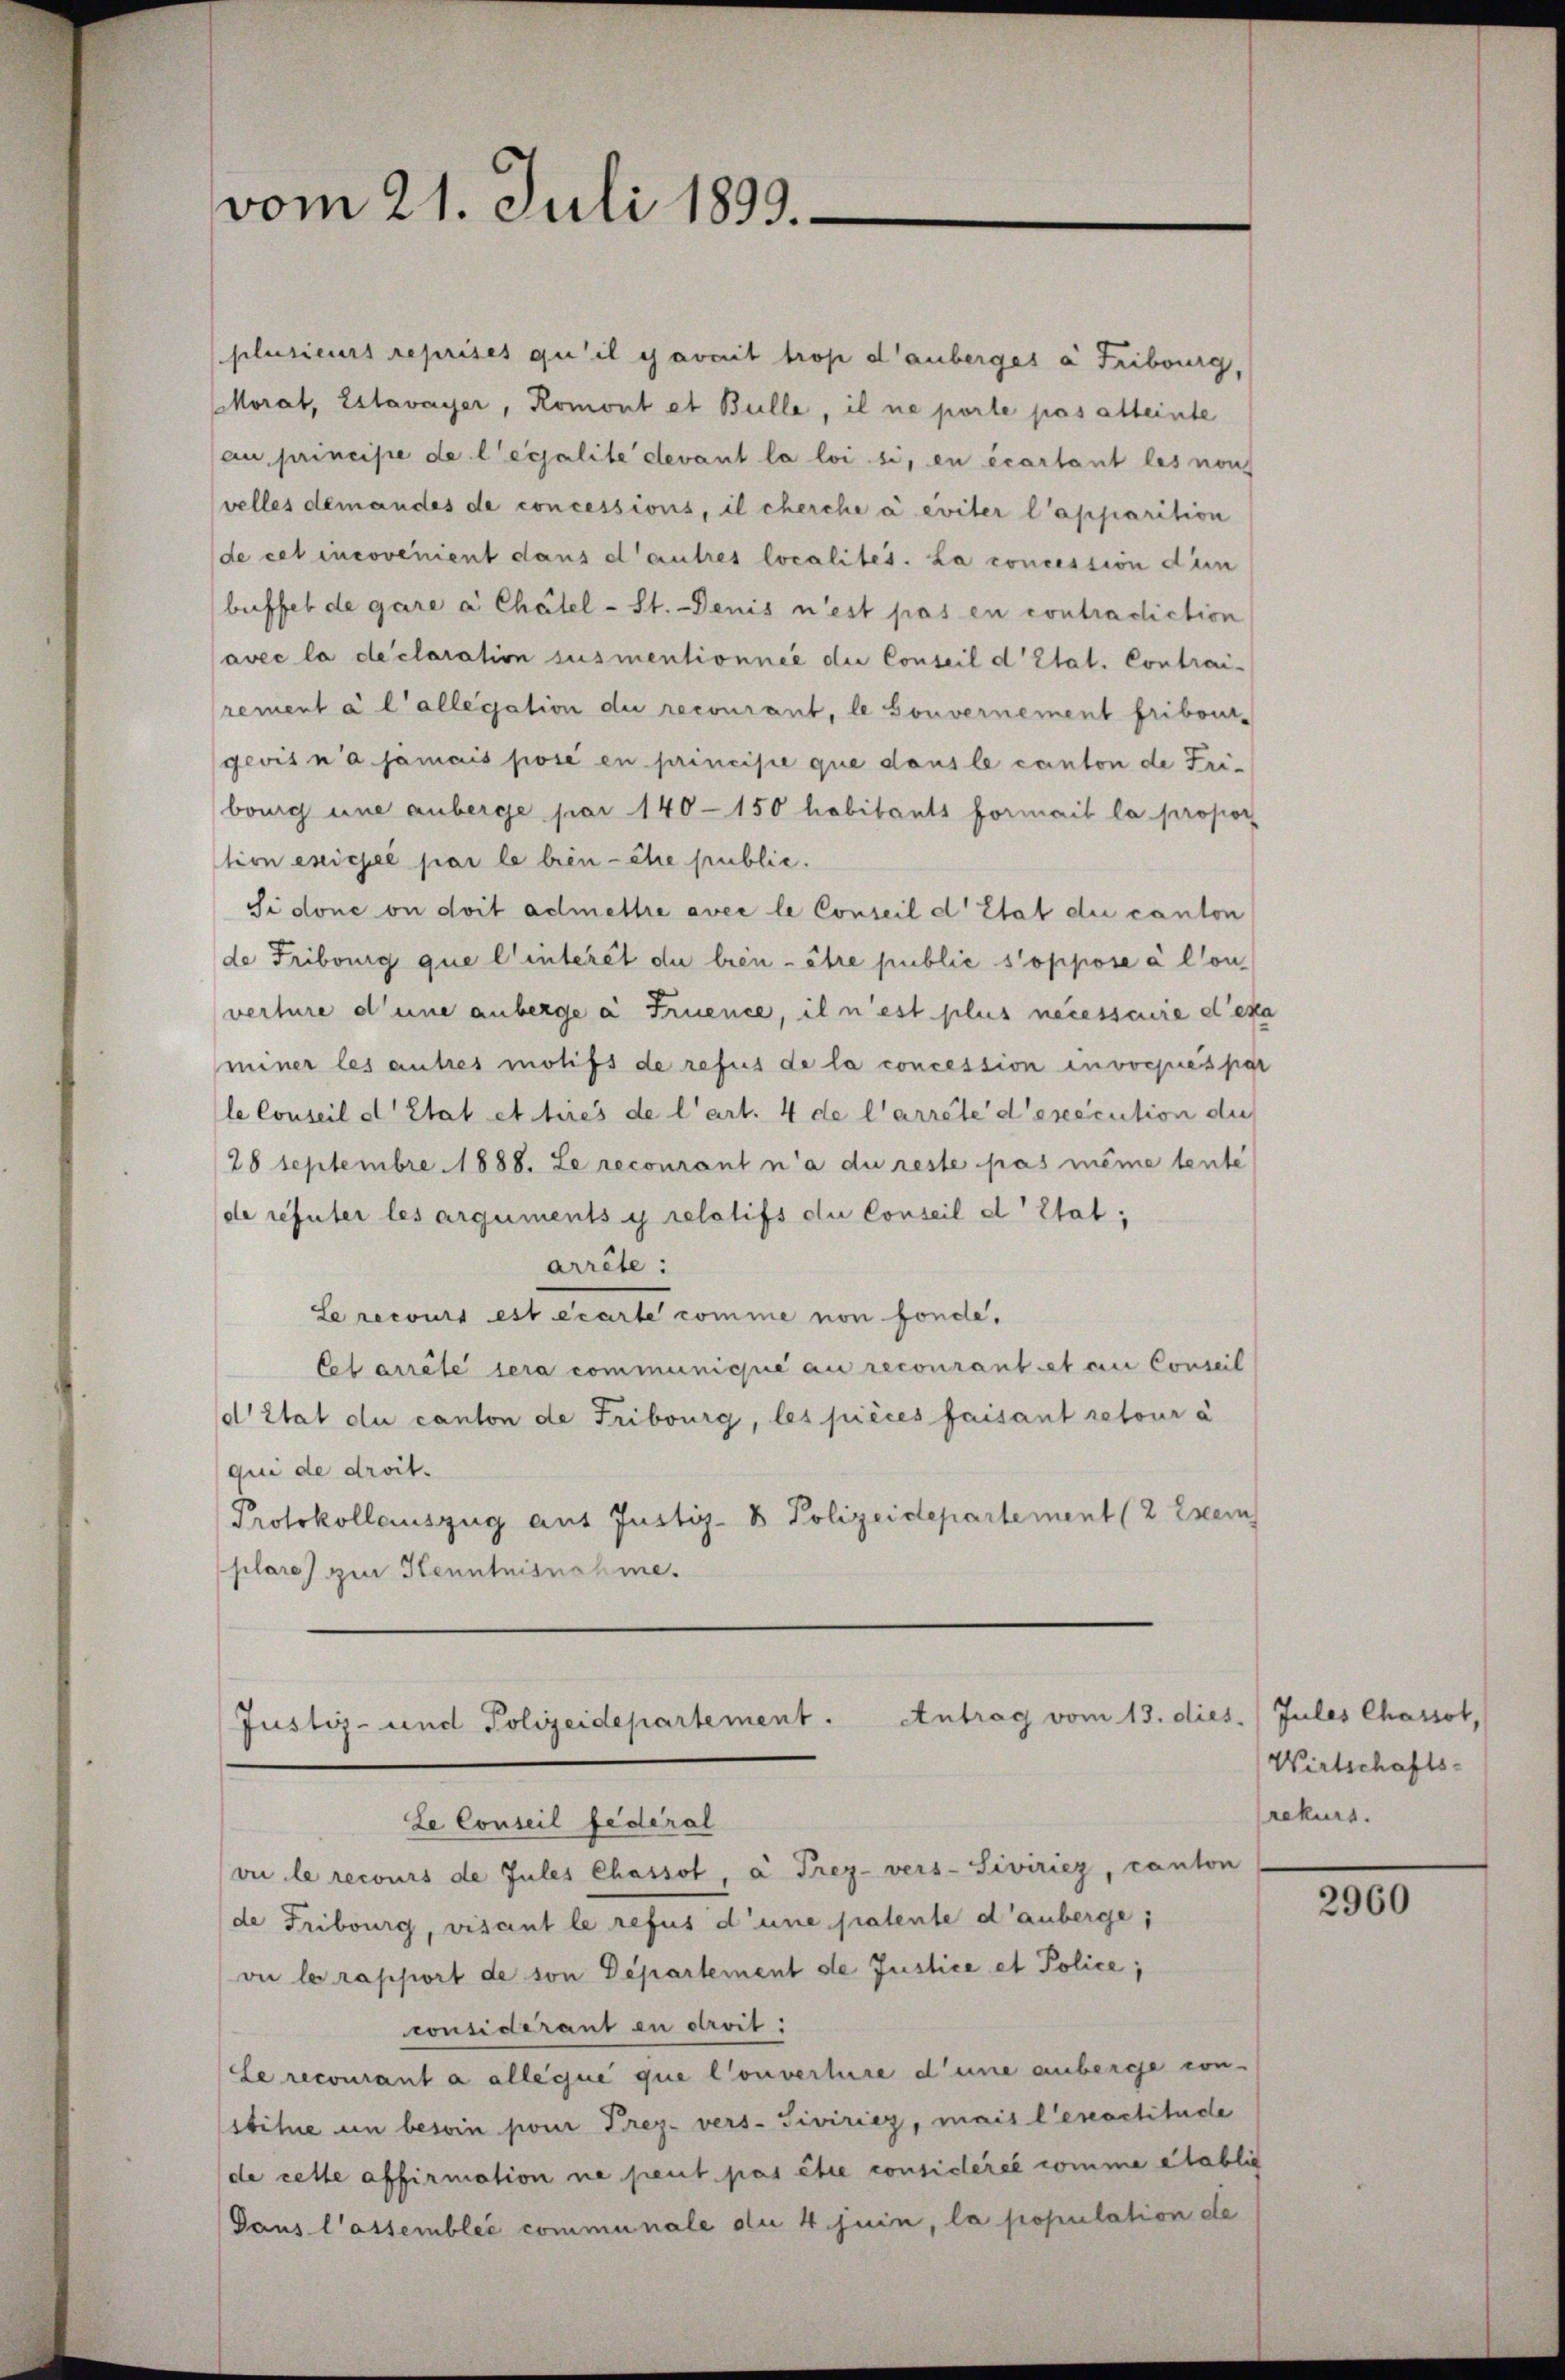
plusieurs reprises qu’il y avait trop d’auberges à Fribourg,
Morat, Estavayer, Romont et Bulle, il ne porte pas alteinte
au principe de l’expalite devant la loi si, en écartant les nous
velles demandes de concessions, il cherche a eviter l’apparition
de cet incovenient dans d’autres localites. La concession dun
buffel de gare a Chätel-St. Denis n’est pas en contradiction
Cavec la déclaration susmentionnée die Conseil d’Etat. Contrai-
rement à l’allegation die recourant, le Gouvernement fribour-
gevit n’a jamais posé en princise que dans le canton de Fribourg une anberge par 140 - 150 habitants formail la propor
tion exigée par le bien - ehre public.
Sidone on doit admettre avec le Conseil d’Etat die canton
de Fribourg que l’intérêt du bien - être public s’oppose à Con
verture d’une anberge à Fruence, il n’est plus necessere deka
miner les autres motifs de refus de la concession invocpies par
le Conseil d’Etat et tirés de l’art. 4 de l’arrête d’exécution die
28 Septembre 1888. Le recourant n’a du reste pas même tente
de refuter les arguments y relatifs die Conseil d’Etat;
arrête:
Le recours est écarte comme non fonde,
Cel arrête sera communique au recourantiet en Conseil
d’Etat du canton de Fribourg, les pièces faisant retour à
qui de droit.
Protokollauszug aus Justiz- & Polizeidepartement (2 Esern
plare zur Kenntnisnahme.

vom 21. Juli 1893.

Justiz- und Polizeidepartement. Antrag vom 13. dies. (Jules Chassol,
Le Conseil fédéral

vi le recours de Jules Chassot, à Frez. vers-Siviriez, canton
de Fribourg, visant le refus d’une patente d’auberge
vi le rapport de son Departement de Justice et Police;
considérant en droit:
e recourant a alleque que Convertire dene anberge con
stitue in besoin pour Prez. vers.- Siviriez, mais l’exactitude
de celle affirmation ne peut pas être considérée comme etablich
Gaus l’assemblée communale die 4 juin, la population de

Wirtschafts-
rekurs.

2960